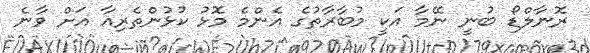
ރޮނާލްޑޯ ބުނީ ނޭމާ އަކީ މުބާރާތުގެ އެންމެ މޮޅު ކުޅުންތެރިއާ އަށް ވާނެ